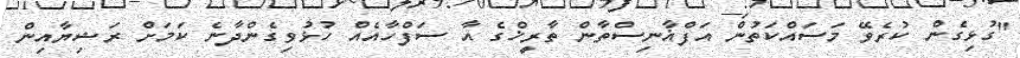
"ގުޅިގެން ކުރެވޭ މަސައްކަތުން އަފްޣާނިސްތާން ތާރީޚްގެ އާ ސަފްހާއެއް ހުޅުވިގެންދާނެ ކަމަށް ރަޝިޔާއިން